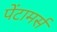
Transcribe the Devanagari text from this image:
पेंटामर्स